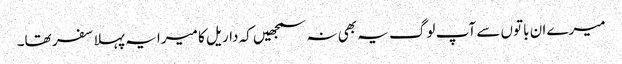
میرے ان باتوں سے آپ لوگ یہ بھی نہ سمجھیں کہ داریل کا میرا یہ پہلا سفر تھا۔